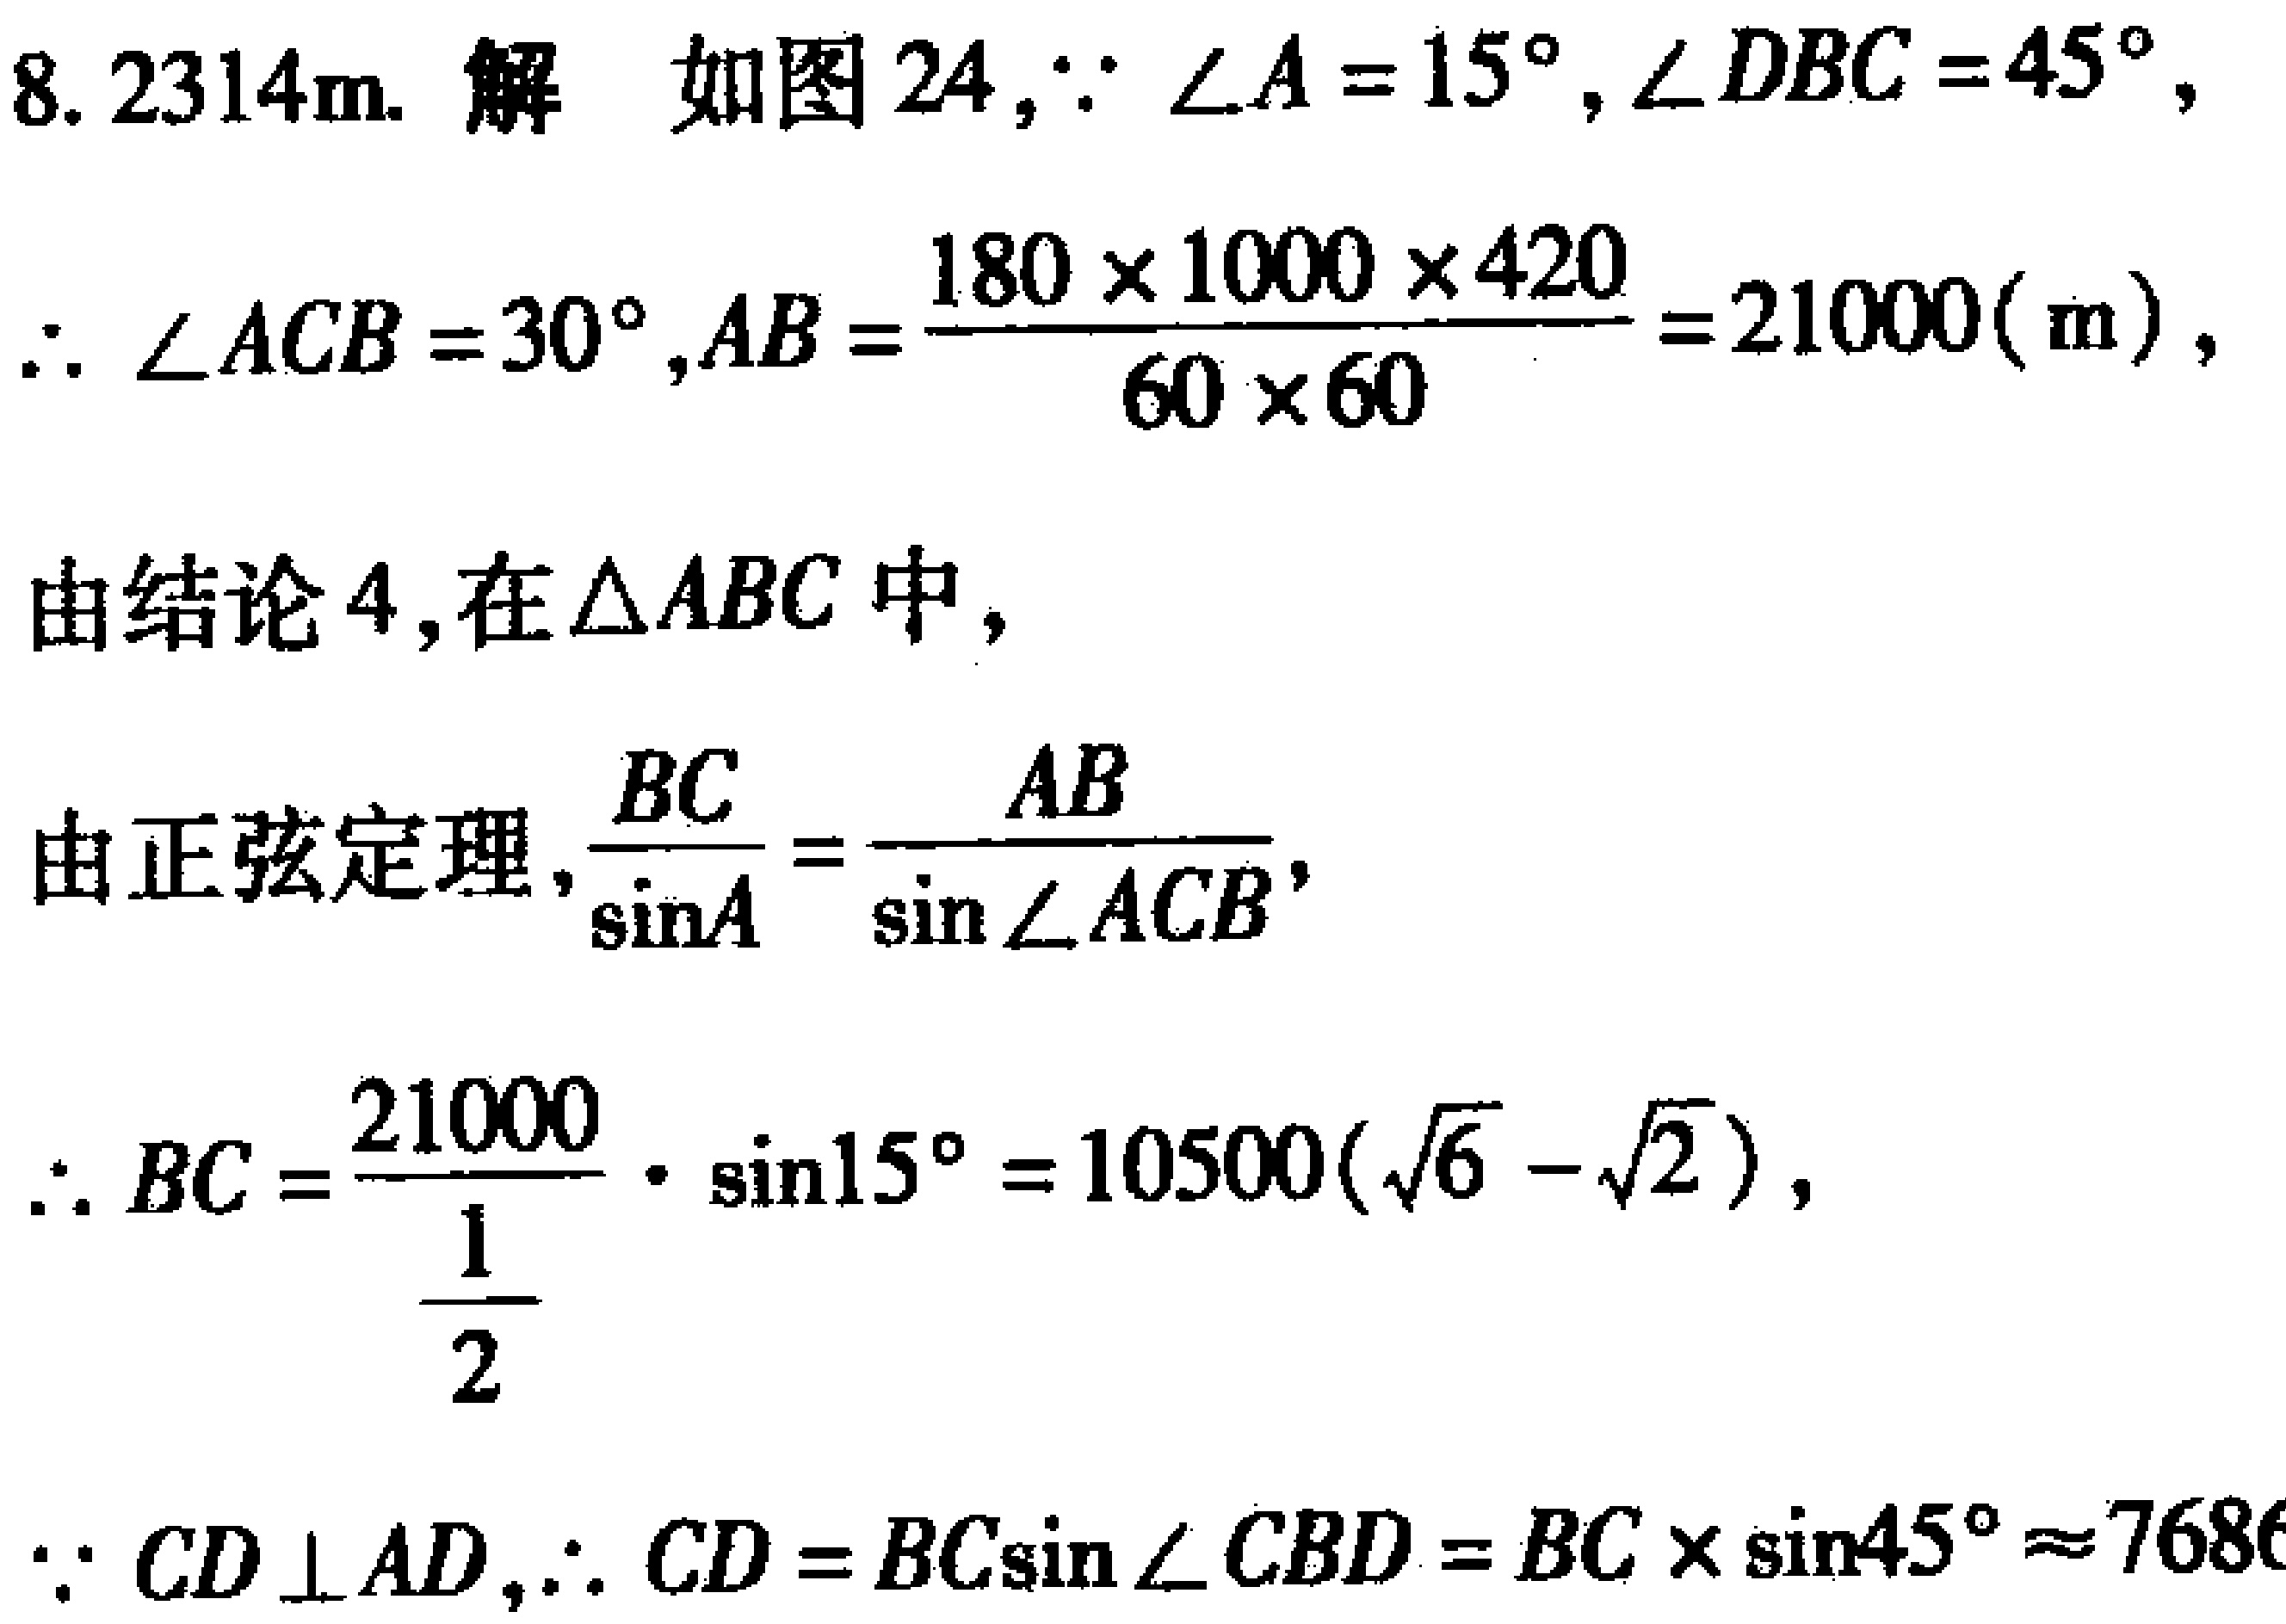
8. \(2314\text{m}\). 解 如图 24,\(\because \angle A = 15^{\circ},\angle DBC = 45^{\circ}\),
\(\therefore \angle ACB = 30^{\circ},AB=\frac{180\times 1000\times 420}{60\times 60}=21000(\text{m})\),
由结论 4,在\(\triangle ABC\)中,
由正弦定理,\(\frac{BC}{\sin A}=\frac{AB}{\sin\angle ACB}\),
\(\therefore BC = \frac{21000}{\frac{1}{2}}\cdot\sin15^{\circ}=10500(\sqrt{6}-\sqrt{2})\),
\(\because CD\perp AD,\therefore CD = BC\sin\angle CBD = BC\times\sin45^{\circ}\approx7686\)